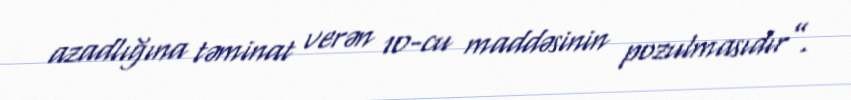
azadlığına təminat verən 10-cu maddəsinin pozulmasıdır”.